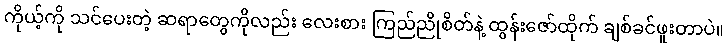
ကိုယ့်ကို သင်ပေးတဲ့ ဆရာတွေကိုလည်း လေးစား ကြည်ညိုစိတ်နဲ့ ထွန်းဇော်ထိုက် ချစ်ခင်ဖူးတာပဲ။